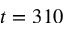
t = 3 1 0